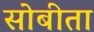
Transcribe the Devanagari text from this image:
सोबीता